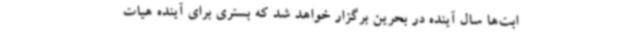
ابت‌ها سال آینده در بحرین برگزار خواهد شد که بستری برای آینده هیات